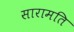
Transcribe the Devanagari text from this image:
सारामति